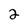
Character: 2